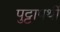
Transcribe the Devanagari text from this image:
पुट्टापर्थी